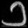
Digit: ၁